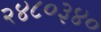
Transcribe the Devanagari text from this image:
२४८०३४०